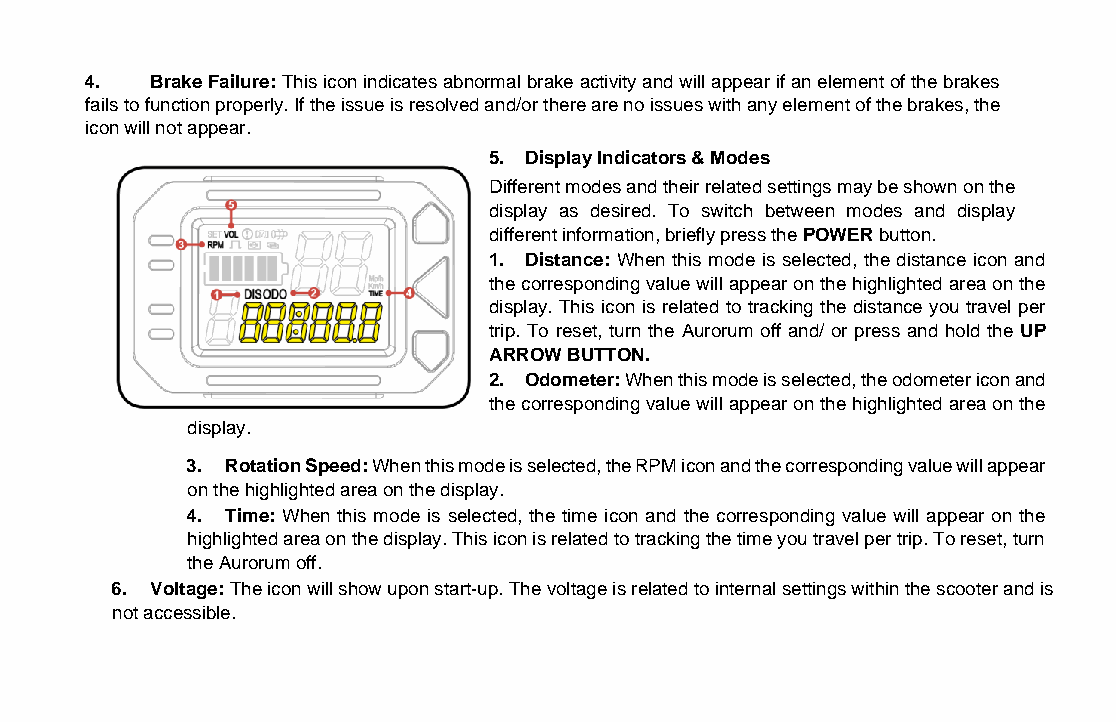
4.  Brake Failure: This icon indicates abnormal brake activity and will appear if an element of the brakes
 fails to function properly. If the issue is resolved and/or there are no issues with any element of the brakes, the
 icon will not appear.
 5. Display Indicators & Modes
 Different modes and their related settings may be shown on the
 display as desired. To switch between modes and display
 different information, briefly press the POWER button.
 1. Distance: When this mode is selected, the distance icon and
 the corresponding value will appear on the highlighted area on the
 display. This icon is related to tracking the distance you travel per
 trip. To reset, turn the Aurorum off and/ or press and hold the UP
 ARROW BUTTON.
 2. Odometer: When this mode is selected, the odometer icon and
 the corresponding value will appear on the highlighted area on the
 display.
 3. Rotation Speed: When this mode is selected, the RPM icon and the corresponding value will appear
 on the highlighted area on the display.
 4. Time: When this mode is selected, the time icon and the corresponding value will appear on the
 highlighted area on the display. This icon is related to tracking the time you travel per trip. To reset, turn
 the Aurorum off.
 6. Voltage: The icon will show upon start-up. The voltage is related to internal settings within the scooter and is
 not accessible.